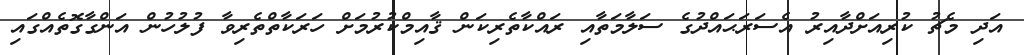
އަދި މެޗު ކުރިއަށްދާއިރު އެސަރަޙައްދުގެ ސަލާމަތާއި ރައްކާތެރިކަން ޤާއިމްކުރުމަށް ހަރަކާތްތެރިވާ ފުލުހުން އަންގާގޮތެއްގައި